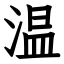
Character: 温